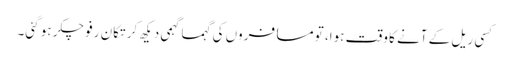
کسی ریل کے آنے کا وقت ہوا، تو مسافروں کی گہماگہمی دیکھ کر تکان رفو چکر ہو گئی۔